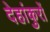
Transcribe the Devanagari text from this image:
देहांकुरों